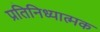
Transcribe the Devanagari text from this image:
प्रतिनिध्यात्मक